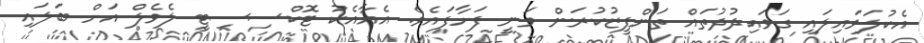
އެކުުލަވައިލައި ގަވައިދުދުތައް ތަންފީޒުކުރަން ވަނީ ފަށާފައެވެ. އެއާއެކު ޓޮކްސިސިޓީ ލެވެލް އަށް ބަލައި